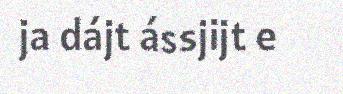
ja dájt ássjijt e